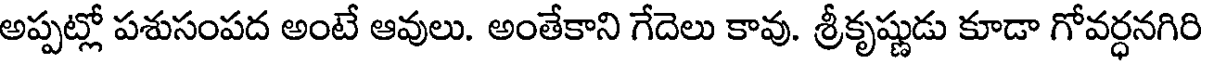
అప్పట్లో పశుసంపద అంటే ఆవులు. అంతేకాని గేదెలు కావు. శ్రీకృష్ణుడు కూడా గోవర్ధనగిరి